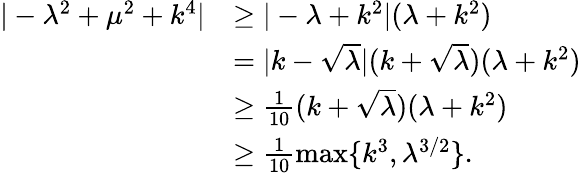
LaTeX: \begin{array}{rl}{|-\lambda^{2}+\mu^{2}+k^{4}|}&{\geq|-\lambda+k^{2}|(\lambda+k^{2})}\\ &{=|k-\sqrt{\lambda}|(k+\sqrt{\lambda})(\lambda+k^{2})}\\ &{\geq\frac{1}{10}(k+\sqrt{\lambda})(\lambda+k^{2})}\\ &{\geq\frac{1}{10}\operatorname*{max}\{ k^{3},\lambda^{3/2}\} .}\end{array}